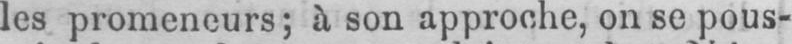
les promeneurs; à son approche, on se pous-